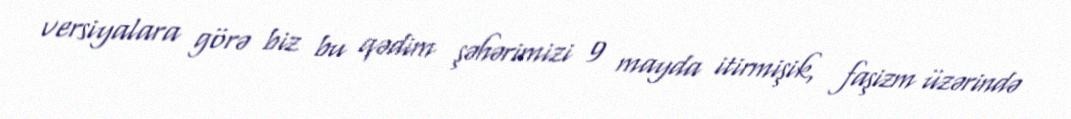
versiyalara görə biz bu qədim şəhərimizi 9 mayda itirmişik, faşizm üzərində